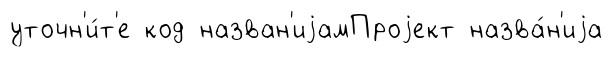
уточн'и́т'е код назван'иjамПроjект назва́н'иjа